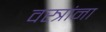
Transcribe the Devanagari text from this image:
वस्त्रांना